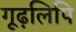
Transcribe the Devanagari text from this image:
गूढ़लिपि